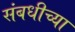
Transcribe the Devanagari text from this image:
संबधीच्या